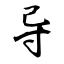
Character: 导